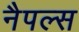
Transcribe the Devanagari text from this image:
नैपल्स